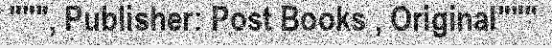
""", Publisher: Post Books , Original"""